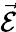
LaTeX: \vec{\mathcal{E}}